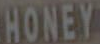
HONEY